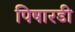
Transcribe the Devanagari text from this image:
पिषारडी